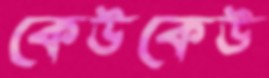
কেউকেউ